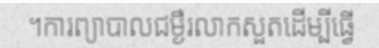
។ការព្យាបាលជម្ងឺរលាកសួតដើម្បីធ្វើ